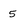
Character: 5